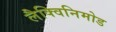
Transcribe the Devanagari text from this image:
लैक्विनिमोड